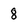
Character: 8